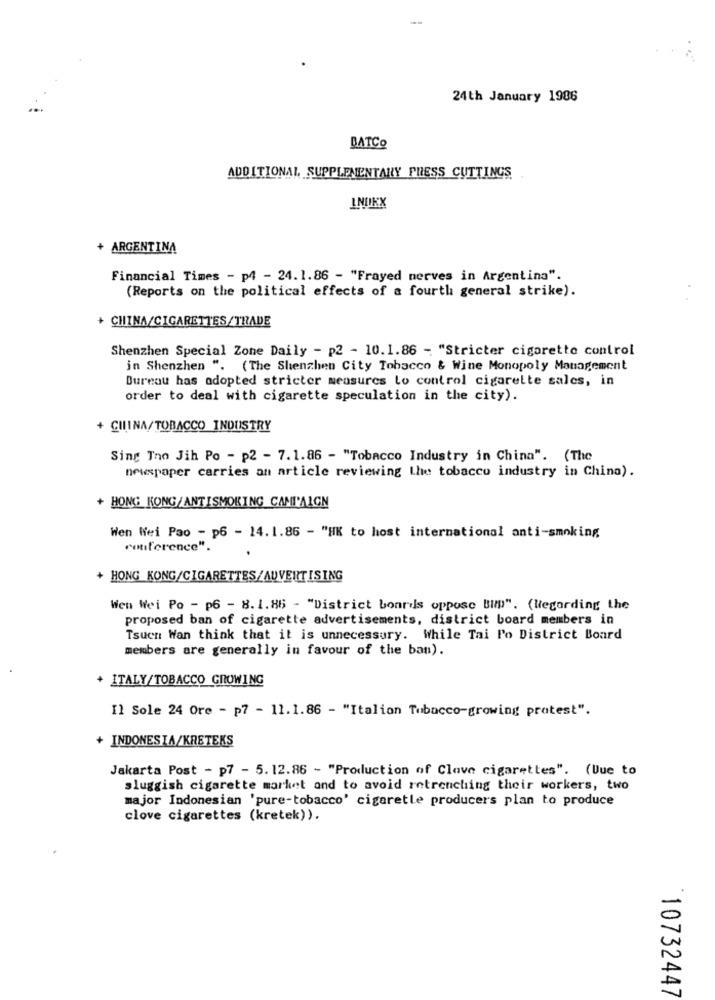
24th January 1986
BATCO
ADDITIONAL SUPPLEMENTARY PRESS CUTTINGS
INDEX
+ ARGENTINA
Financial Times - p4 - 24.1.86 - "Frayed nerves in Argentina".
(Reports on the political effects of a fourth general strike).
+ CHINA/CIGARETTES/TRADE
Shenzhen Special Zone Daily - p2 - 10.1.86 - "Stricter cigarette control
in Shenzhen ". (The Shenzhen City Tobacco & Wine Monopoly Management
Bureau has adopted stricter measures lo control cigarette sales, in
order to deal with cigarette speculation in the city).
+ CILINA/TOBACCO INDUSTRY
Sing The Jih Po - p2 - 7.1.86 - "Tobacco Industry in China". (The
newspaper carries an article reviewing the tobacco industry in China).
+ HONG KONG/ANTISMOKING CAMPAIGN
Wen Wei Pao - p6 - 14. 1.86 - "HK to host international anti-smoking
conference".
HONG KONG/CIGARETTES/AUVERTISING
Wen Wei Po - p6 - 8. 1.86 - "District boards oppose Bulp". (Wegarding the
proposed ban of cigarette advertisements, district board members in
Tsuen Wan think that it is unnecessary. While Tai Po District Board
members are generally in favour of the ban).
ITALY/TOBACCO GROWING
Il Sole 24 Ore - p7 - 11.1.86 - "Italian Tobacco-growing protest".
+ INDONESIA/KRETEKS
Jakarta Post - p7 - 5.12.86 - "Production of Clave cigarettes". (Vue to
sluggish cigarette market and to avoid retrenching their workers, two
major Indonesian 'pure-tobacco' cigaretle producers plan to produce
clove cigarettes (kretek)).
10732447